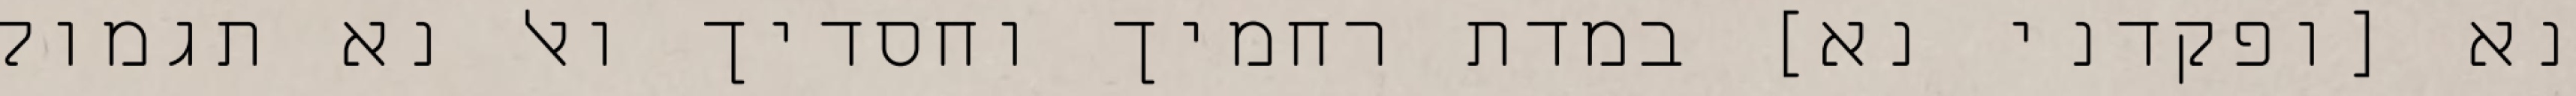
נא [ופקדני נא] במדת רחמיך וחסדיך ואל נא תגמול